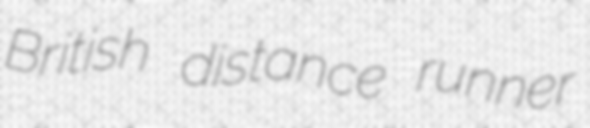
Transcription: British distance runner